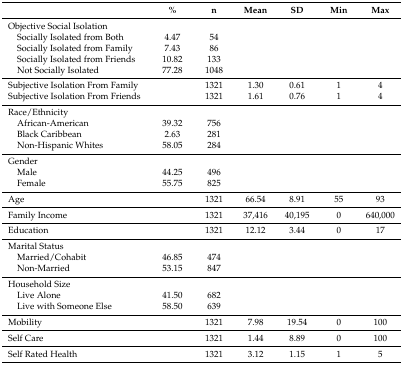
<table><thead><tr><td></td><td><b>% </b></td><td><b>n</b></td><td><b>Mean</b></td><td><b>SD</b></td><td><b>Min</b></td><td><b>Max</b></td></tr></thead><tbody><tr><td>Objective Social Isolation</td><td></td><td></td><td></td><td></td><td></td><td></td></tr><tr><td> Socially Isolated from Both</td><td>4.47</td><td>54</td><td></td><td></td><td></td><td></td></tr><tr><td> Socially Isolated from Family</td><td>7.43</td><td>86</td><td></td><td></td><td></td><td></td></tr><tr><td> Socially Isolated from Friends</td><td>10.82</td><td>133</td><td></td><td></td><td></td><td></td></tr><tr><td> Not Socially Isolated</td><td>77.28</td><td>1048</td><td></td><td></td><td></td><td></td></tr><tr><td>Subjective Isolation From Family</td><td></td><td>1321</td><td>1.30</td><td>0.61</td><td>1</td><td>4</td></tr><tr><td>Subjective Isolation From Friends</td><td></td><td>1321</td><td>1.61</td><td>0.76</td><td>1</td><td>4</td></tr><tr><td>Race/Ethnicity</td><td></td><td></td><td></td><td></td><td></td><td></td></tr><tr><td> African-American</td><td>39.32</td><td>756</td><td></td><td></td><td></td><td></td></tr><tr><td> Black Caribbean</td><td>2.63</td><td>281</td><td></td><td></td><td></td><td></td></tr><tr><td> Non-Hispanic Whites</td><td>58.05</td><td>284</td><td></td><td></td><td></td><td></td></tr><tr><td>Gender</td><td></td><td></td><td></td><td></td><td></td><td></td></tr><tr><td> Male</td><td>44.25</td><td>496</td><td></td><td></td><td></td><td></td></tr><tr><td> Female</td><td>55.75</td><td>825</td><td></td><td></td><td></td><td></td></tr><tr><td>Age</td><td></td><td>1321</td><td>66.54</td><td>8.91</td><td>55</td><td>93</td></tr><tr><td>Family Income</td><td></td><td>1321</td><td>37,416</td><td>40,195</td><td>0</td><td>640,000</td></tr><tr><td>Education</td><td></td><td>1321</td><td>12.12</td><td>3.44</td><td>0</td><td>17</td></tr><tr><td>Marital Status</td><td></td><td></td><td></td><td></td><td></td><td></td></tr><tr><td> Married/Cohabit</td><td>46.85</td><td>474</td><td></td><td></td><td></td><td></td></tr><tr><td> Non-Married</td><td>53.15</td><td>847</td><td></td><td></td><td></td><td></td></tr><tr><td>Household Size</td><td></td><td></td><td></td><td></td><td></td><td></td></tr><tr><td> Live Alone</td><td>41.50</td><td>682</td><td></td><td></td><td></td><td></td></tr><tr><td> Live with Someone Else</td><td>58.50</td><td>639</td><td></td><td></td><td></td><td></td></tr><tr><td>Mobility</td><td></td><td>1321</td><td>7.98</td><td>19.54</td><td>0</td><td>100</td></tr><tr><td>Self Care</td><td></td><td>1321</td><td>1.44</td><td>8.89</td><td>0</td><td>100</td></tr><tr><td>Self Rated Health</td><td></td><td>1321</td><td>3.12</td><td>1.15</td><td>1</td><td>5</td></tr></tbody></table>